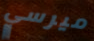
ميرسي